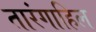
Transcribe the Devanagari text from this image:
तारंगाहिल